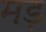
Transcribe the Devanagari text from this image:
मड़